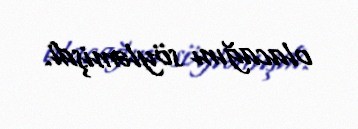
olacağını söyləmişdi.